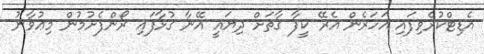
އެޑިޓްކުރެވިފައި އަހަރެން އެރޭ ކީފާ ގާތަށް ދިޔައީ އޭނާ ގުޅާފައި ރޯންފެށުމުން މިޢުވާނު